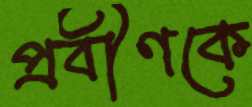
প্রবীণকে